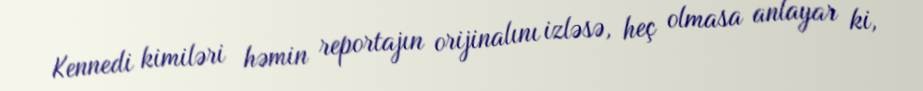
Kennedi kimiləri həmin reportajın orijinalını izləsə, heç olmasa anlayar ki,